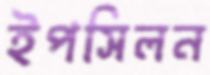
ইপসিলন